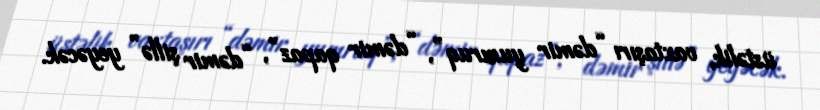
üstəlik, vaxtaşırı “dəmir yumruq”, “dəmir qapaz”, “dəmir şillə” yeyəcək.